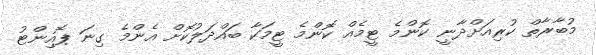
މުބާރާތް ކުރިއަށްދާނީ ކޮންމެ ޓީމެއް ކޮންމެ ޓީމަކާ ބައްދަލުކޮށް އެންމެ ގިނަ ޕޮއިންޓު